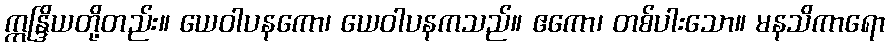
ဣန္ဒြိယတို့တည်း။ ယေဝါပနကော၊ ယေဝါပနကသည်။ ဧကော၊ တစ်ပါးသော။ မနသိကာရော